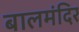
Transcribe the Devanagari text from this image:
बालमंदिर